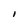
Character: I